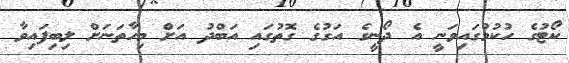
ކޯޓުގެ ހުކުމުގައިވަނީ އެ ދޯނީގެ އަގުގެ ގޮތުގައި އަބްދު އަށް މިހާތަނަށް ލިބިފައިވާ